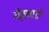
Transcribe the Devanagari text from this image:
नेतृत्वाशी